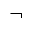
\neg